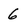
Character: 6